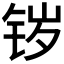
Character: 𰽷